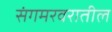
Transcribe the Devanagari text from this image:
संगमरवरातील